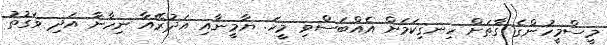
މީސްމީހުންގެ ގާތަށް ހިނގިކަމަށް އެއްބަސްވި މީހަ. ޔާމީނާއި އަދުރޭއާ ނިހާނާ އަދި ވަގުތު